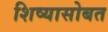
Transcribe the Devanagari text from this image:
शिष्यासोबत